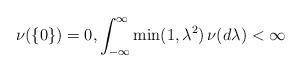
LaTeX: \begin{align*} \nu(\{0\})=0, \int_{-\infty}^{\infty} \min(1,\lambda^2) \,\nu(d\lambda) < \infty\end{align*}